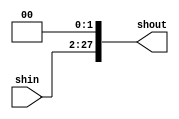
module shift2(shout,shin);
output [27:0] shout;
input [25:0] shin;
assign shout = shin<<2;
endmodule